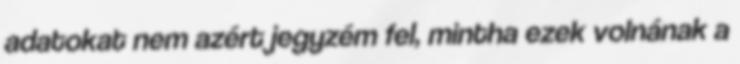
adatokat nem azért jegyzém fel, mintha ezek volnának a